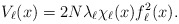
\begin{align*}V_\ell(x)=2N \lambda_\ell \chi_\ell(x) f^2_\ell(x).\end{align*}